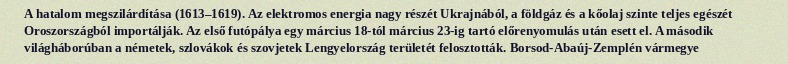
A hatalom megszilárdítása (1613–1619). Az elektromos energia nagy részét Ukrajnából, a földgáz és a kőolaj szinte teljes egészét Oroszországból importálják. Az első futópálya egy március 18-tól március 23-ig tartó előrenyomulás után esett el. A második világháborúban a németek, szlovákok és szovjetek Lengyelország területét felosztották. Borsod-Abaúj-Zemplén vármegye